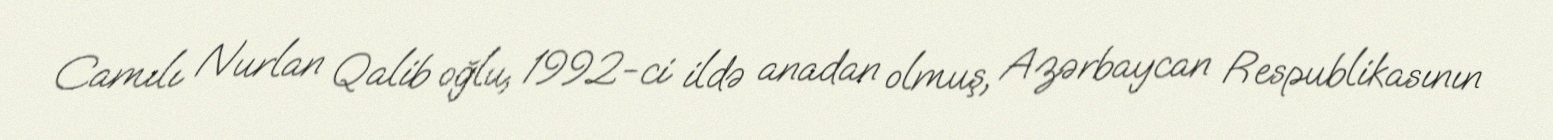
Camılı Nurlan Qalib oğlu, 1992-ci ildə anadan olmuş, Azərbaycan Respublikasının